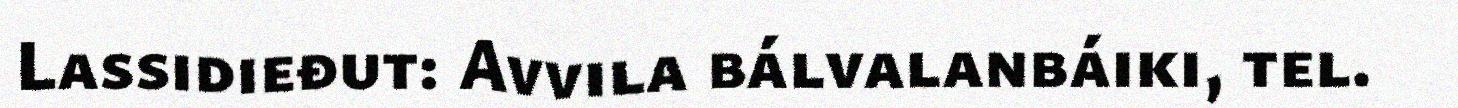
Lassidieđut: Avvila bálvalanbáiki, tel.